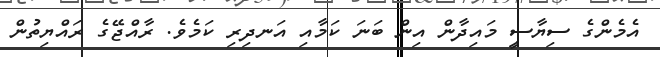
އެމެންގެ ސިޔާސީ މައިދާން އިން ބަނަ ކަމާއި އަނދިރި ކަމެވެ. ރާއްޖޭގެ ރައްޔިތުން